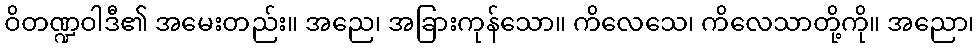
ဝိတဏ္ဍဝါဒီ၏ အမေးတည်း။ အညေ၊ အခြားကုန်သော။ ကိလေသေ၊ ကိလေသာတို့ကို။ အညော၊